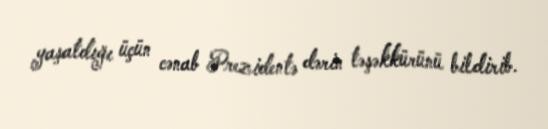
yaşatdığı üçün cənab Prezidentə dərin təşəkkürünü bildirib.